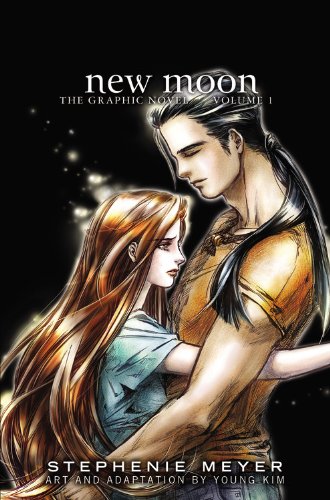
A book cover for New Moon: The Graphic Novel, Vol. 1 (The Twilight Saga); Stephenie Meyer; Comics & Graphic Novels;